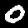
Label: 0